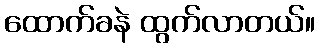
ထောက်ခနဲ ထွက်လာတယ်။